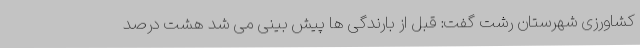
کشاورزی شهرستان رشت گفت: قبل از بارندگی ها پیش بینی می شد هشت درصد